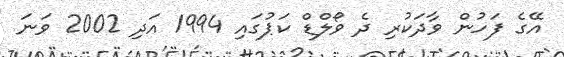
އޭގެ ފަހުން ވާދަކުރި ދެ ވޯލްޑް ކަޕުގައި 1994 އަދި 2002 ވަނަ